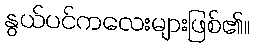
နွယ်ပင်ကလေးများဖြစ်၏။